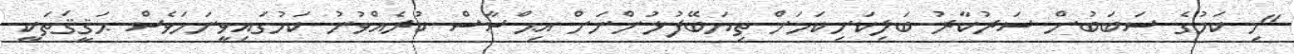
"މި ކަމުގެ ސަބަބުން ސަރުކާރު ބަލިކަށިކަމަށް ތިޔަބޭފުޅުންނަށް އިޙްސާސް ކުރެއްވުނު ކަމުގައިވީނަމަވެސް ޙަޤީޤަތަކީ